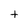
Character: t